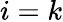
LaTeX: i=k